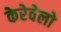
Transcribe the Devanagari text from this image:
केरेवेलो